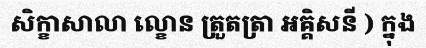
សិក្ខាសាលា ល្ខោន ត្រួតត្រា អគ្គិសនី ) ក្នុង